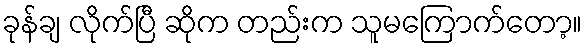
ခုန်ချ လိုက်ပြီ ဆိုက တည်းက သူမကြောက်တော့။